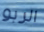
الربو